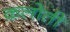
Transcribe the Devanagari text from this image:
कलोती